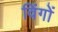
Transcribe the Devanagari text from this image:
विंगों